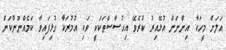
އަލަށް މީހަކާ އިންނަން އުޅޭއިރު ކުރެވޭ އިހުސާސްތަކަކީ ވަކި އުމުރަކާ ގުޅިފައިވާ ކަމެއްނޫންކަން